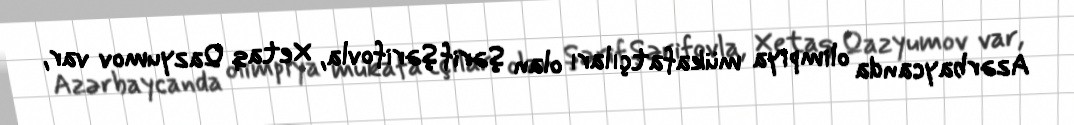
Azərbaycanda olimpiya mükafatçıları olan Şərif Şərifovla, Xetaq Qazyumov var,